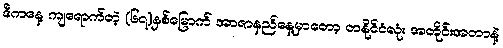
ဒီကနေ့ ကျရောက်တဲ့ (၆၇)နှစ်မြောက် အာဇာနည်နေ့မှာတော့ တနိုင်ငံလုံး အတိုင်းအတာနဲ့